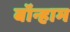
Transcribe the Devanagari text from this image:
बॉन्हाम